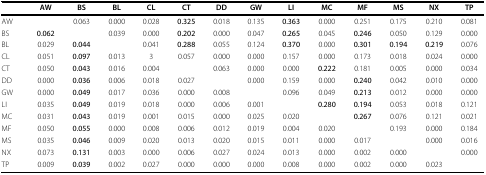
<table><thead><tr><td></td><td><b>AW</b></td><td><b>BS</b></td><td><b>BL</b></td><td><b>CL</b></td><td><b>CT</b></td><td><b>DD</b></td><td><b>GW</b></td><td><b>LI</b></td><td><b>MC</b></td><td><b>MF</b></td><td><b>MS</b></td><td><b>NX</b></td><td><b>TP</b></td></tr></thead><tbody><tr><td>AW</td><td></td><td>0.063</td><td>0.000</td><td>0.028</td><td><b>0.325</b></td><td>0.018</td><td>0.135</td><td><b>0.363</b></td><td>0.000</td><td>0.251</td><td>0.175</td><td>0.210</td><td>0.081</td></tr><tr><td>BS</td><td><b>0.062</b></td><td></td><td>0.039</td><td>0.000</td><td><b>0.202</b></td><td>0.000</td><td>0.047</td><td><b>0.265</b></td><td>0.045</td><td><b>0.246</b></td><td>0.050</td><td>0.129</td><td>0.000</td></tr><tr><td>BL</td><td>0.029</td><td><b>0.044</b></td><td></td><td>0.041</td><td><b>0.288</b></td><td>0.055</td><td>0.124</td><td><b>0.370</b></td><td>0.000</td><td><b>0.301</b></td><td><b>0.194</b></td><td><b>0.219</b></td><td>0.076</td></tr><tr><td>CL</td><td>0.051</td><td><b>0.097</b></td><td>0.013</td><td>3</td><td>0.057</td><td>0.000</td><td>0.000</td><td>0.157</td><td>0.000</td><td>0.173</td><td>0.018</td><td>0.024</td><td>0.000</td></tr><tr><td>CT</td><td>0.050</td><td><b>0.043</b></td><td>0.016</td><td>0.004</td><td></td><td>0.063</td><td>0.000</td><td>0.000</td><td><b>0.222</b></td><td>0.181</td><td>0.005</td><td>0.000</td><td>0.034</td></tr><tr><td>DD</td><td>0.000</td><td><b>0.036</b></td><td>0.006</td><td>0.018</td><td>0.027</td><td></td><td>0.000</td><td>0.159</td><td>0.000</td><td><b>0.240</b></td><td>0.042</td><td>0.010</td><td>0.000</td></tr><tr><td>GW</td><td>0.000</td><td><b>0.049</b></td><td>0.017</td><td>0.036</td><td>0.000</td><td>0.008</td><td></td><td>0.096</td><td>0.049</td><td><b>0.213</b></td><td>0.012</td><td>0.000</td><td>0.000</td></tr><tr><td>LI</td><td>0.035</td><td><b>0.049</b></td><td>0.019</td><td>0.018</td><td>0.000</td><td>0.006</td><td>0.001</td><td></td><td><b>0.280</b></td><td><b>0.194</b></td><td>0.053</td><td>0.018</td><td>0.121</td></tr><tr><td>MC</td><td>0.031</td><td><b>0.043</b></td><td>0.019</td><td>0.001</td><td>0.015</td><td>0.000</td><td>0.025</td><td>0.020</td><td></td><td><b>0.267</b></td><td>0.076</td><td>0.121</td><td>0.021</td></tr><tr><td>MF</td><td>0.050</td><td><b>0.055</b></td><td>0.000</td><td>0.008</td><td>0.006</td><td>0.012</td><td>0.019</td><td>0.004</td><td>0.020</td><td></td><td>0.193</td><td>0.000</td><td>0.184</td></tr><tr><td>MS</td><td>0.035</td><td><b>0.046</b></td><td>0.009</td><td>0.020</td><td>0.013</td><td>0.020</td><td>0.015</td><td>0.011</td><td>0.000</td><td>0.017</td><td></td><td>0.000</td><td>0.016</td></tr><tr><td>NX</td><td>0.073</td><td><b>0.131</b></td><td>0.003</td><td>0.000</td><td>0.006</td><td>0.027</td><td>0.024</td><td>0.013</td><td>0.000</td><td>0.002</td><td>0.000</td><td></td><td>0.000</td></tr><tr><td>TP</td><td>0.009</td><td><b>0.039</b></td><td>0.002</td><td>0.027</td><td>0.000</td><td>0.000</td><td>0.000</td><td>0.008</td><td>0.000</td><td>0.002</td><td>0.000</td><td>0.023</td><td></td></tr></tbody></table>